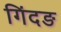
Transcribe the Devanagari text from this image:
गिंदङ